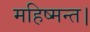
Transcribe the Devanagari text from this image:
महिष्मन्त।